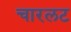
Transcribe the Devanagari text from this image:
चारलट